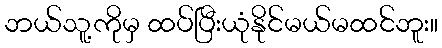
ဘယ်သူ့ကိုမှ ထပ်ပြီးယုံနိုင်မယ်မထင်ဘူး။